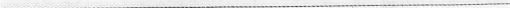
___